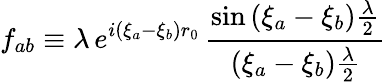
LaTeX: f_{ab}\equiv\lambda\, e^{i(\xi_{a}-\xi_{b})r_{0}}\, \frac{\sin\left(\xi_{a}-\xi_{b}\right)\frac{\lambda}{2}}{\left(\xi_{a}-\xi_{b}\right)\frac{\lambda}{2}}